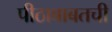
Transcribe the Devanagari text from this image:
पीठाबाबतची